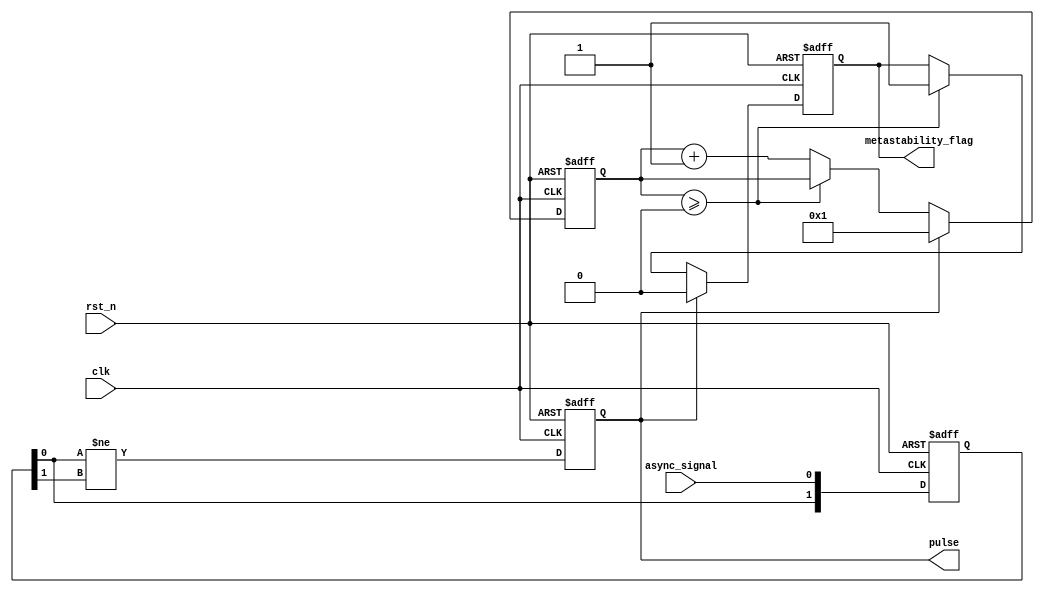
module MetastabilityDetector #(
    parameter CLK_FREQ = 50_000_000,    // Clock frequency in Hz
    parameter PULSE_WIDTH_NS = 10,      // Width of the pulse in ns
    parameter METASTABILITY_TIMEOUT_NS = 100  // Timeout in ns for metastability detection
)(
    input wire clk,                     // Synchronous clock signal
    input wire rst_n,                   // Active-low reset
    input wire async_signal,            // Input asynchronous signal
    output reg metastability_flag,      // Output flag indicating metastability
    output reg pulse                    // Pulse output indicating a change
);

    // Internal Signals
    reg [1:0] ff1;                      // First flip-flop (2-bits to hold metastable state)
    reg ff2;                            // Second flip-flop
    reg pulse_gen;                     // Pulse generator signal
    reg [7:0] count;                  // Counter for metastability timeout

    // Internal parameters derived from input parameters
    localparam PULSE_WIDTH_CLKS = (PULSE_WIDTH_NS * CLK_FREQ) / 1_000_000_000; // Clock cycles for pulse width
    localparam METASTABILITY_TIMEOUT_CLKS = (METASTABILITY_TIMEOUT_NS * CLK_FREQ) / 1_000_000_000; // Clock cycles for metastability timeout
  
    // Asynchronous reset
    always @(posedge clk or negedge rst_n) begin
        if (!rst_n) begin
            ff1 <= 2'b00;                // Reset first flip-flop
            ff2 <= 1'b0;                 // Reset second flip-flop
            metastability_flag <= 1'b0;   // Clear metastability flag
            pulse <= 1'b0;                // Clear pulse signal
            count <= 8'b0;                // Reset count
        end else begin
            // Sample input signal into first flip-flop
            ff1 <= {ff1[0], async_signal};

            // Generate pulse on change detected in first flip-flop
            pulse <= (ff1[0] != ff1[1]);

            // Sample output of the first flip-flop into second flip-flop
            ff2 <= ff1[0];

            // Metastability detection logic
            if (pulse) begin
                count <= 8'b1; // Reset counter if pulse detected
                metastability_flag <= 1'b0; // Clear any previous flag
            end else if (count >= METASTABILITY_TIMEOUT_CLKS) begin
                metastability_flag <= 1'b1; // Set the flag if timeout reached
            end else begin
                count <= count + 1; // Increment count if no pulse is detected
            end
            
            // Generate a pulse for a specific width
            if (pulse_gen) begin
                pulse_gen <= 0; // End of pulse cycle
            end else if (pulse) begin
                pulse_gen <= 1; // Start pulse generation
            end
            
        end
    end

endmodule